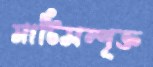
মাটিসম্পৃক্ত